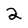
Character: 2